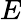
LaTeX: \textit{E}